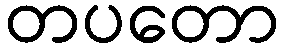
တပတော